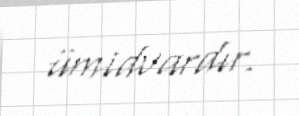
ümidvardır.